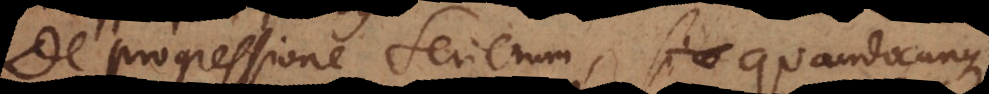
De progressione Serierum, quandocunqu